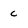
Character: c